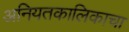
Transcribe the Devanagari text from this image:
अनियतकालिकाचा